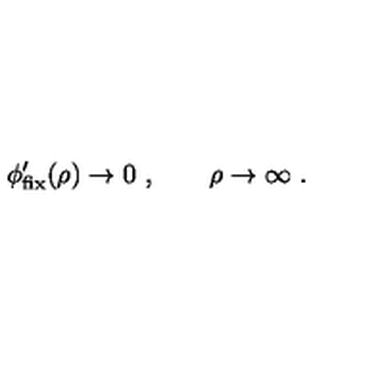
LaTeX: \phi _ { \mathrm { f i x } } ^ { \prime } ( \rho ) \rightarrow 0 \ , \qquad \rho \rightarrow \infty \ .